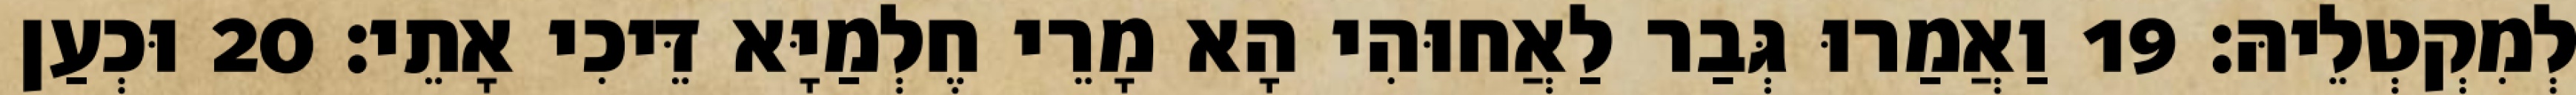
לְמִקְטְלֵיהּ׃ 19 וַאֲמַרוּ גְּבַר לַאֲחוּהִי הָא מָרֵי חֶלְמַיָּא דֵּיכִי אָתֵי׃ 20 וּכְעַן